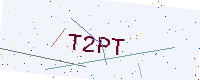
Text: T2PT